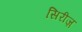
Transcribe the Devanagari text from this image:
सिरीज़़